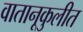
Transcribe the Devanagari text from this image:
वातानूकुलीत